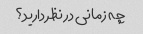
چه زمانی در نظر دارید؟